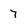
Character: 7